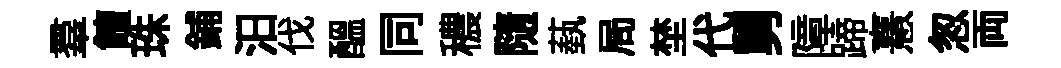
羣饘珠鋪汨伐醖同穠隨蓺局埜代舅障蹄憙怱両